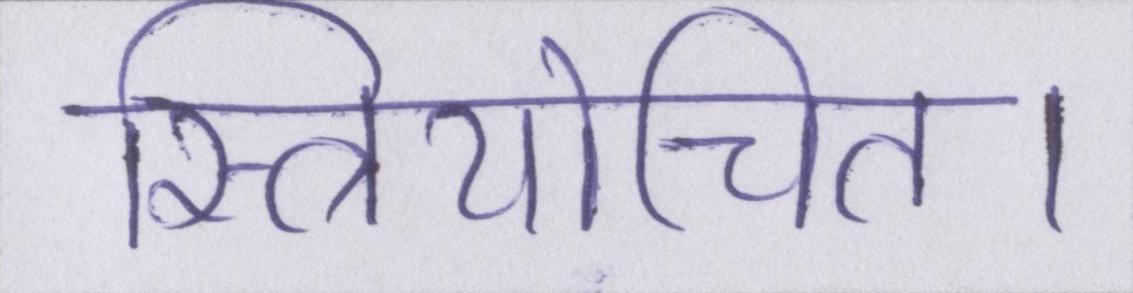
स्त्रियोचित।